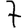
Digit: 7